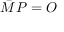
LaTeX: { \bar { M } } P = O